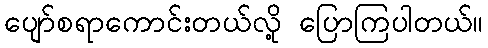
ပျော်စရာကောင်းတယ်လို့ ပြောကြပါတယ်။